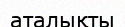
аталықты